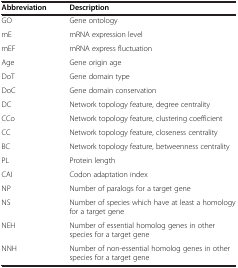
| Abbreviation | Description |
 | --- | --- |
 | GO | Gene ontology |
 | mE | mRNA expression level |
 | mEF | mRNA express fluctuation |
 | Age | Gene origin age |
 | DoT | Gene domain type |
 | DoC | Gene domain conservation |
 | DC | Network topology feature, degree centrality |
 | CCo | Network topology feature, clustering coefficient |
 | CC | Network topology feature, closeness centrality |
 | BC | Network topology feature, betweenness centrality |
 | PL | Protein length |
 | CAI | Codon adaptation index |
 | NP | Number of paralogs for a target gene |
 | NS | Number of species which have at least a homology for a target gene |
 | NEH | Number of essential homolog genes in other species for a target gene |
 | NNH | Number of non-essential homolog genes in other species for a target gene |